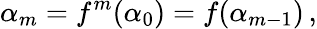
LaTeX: \alpha_{m}=f^{m}(\alpha_{0})=f(\alpha_{m-1})\, ,